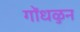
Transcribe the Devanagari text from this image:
गोंधळुन